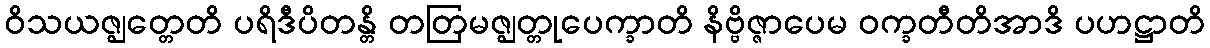
ဝိသယဇ္ဈတ္တေတိ ပရိဒီပိတန္တိ တတြမဇ္ဈတ္တုပေက္ခာတိ နိဗ္ဗိဇ္ဇာပေမ ဝက္ခတီတိအာဒိ ပဟဋ္ဌာတိ